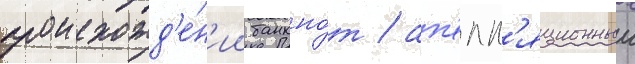
происхожд'е́н'ии банкно́т / ап'елл'яционныи